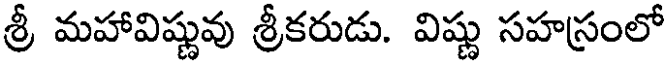
శ్రీ మహావిష్ణువు శ్రీకరుడు. విష్ణు సహస్రంలో